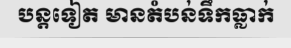
បន្តទៀត មានតំបន់ទឹកធ្លាក់